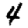
Digit: 4